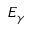
E _ { \gamma }